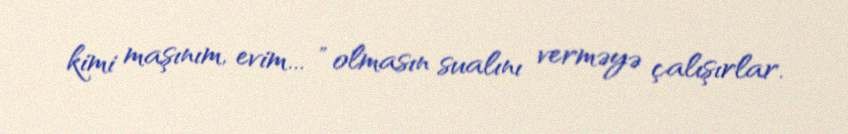
kimi maşınım, evim... ” olmasın sualını verməyə çalışırlar.